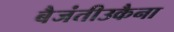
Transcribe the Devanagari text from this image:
बैजंतीउकैना